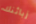
زبائنك